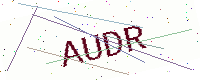
Text: AUDR